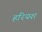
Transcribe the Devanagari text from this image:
हरियश